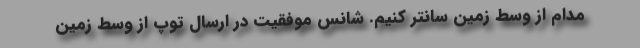
مدام از وسط زمین سانتر کنیم. شانس موفقیت در ارسال توپ از وسط زمین